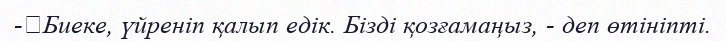
-	Биеке, үйреніп қалып едік. Бізді қозғамаңыз, - деп өтініпті.